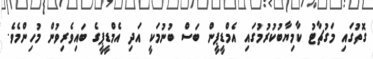
ގޮތުގައި މަގުޗާޓު ކާމިޔާބުކުރުމުގައި އެމްޑީޕީން ބަސް ބުނުމަކީ އަދި އެމްޑީޕީގެ ބައިވެރިވުން މުހިންމެވެ.